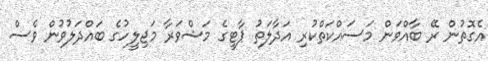
އެގޮތުން ރޭ ބާއްވަން މަސައްކަތްކުރި އަދާލަތު ޕާޓީގެ މަޝްވަރާ މަޖިލީހުގެ ބައްދަލުވުން ވެސް